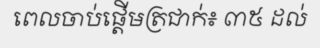
ពេលចាប់ផ្តើមត្រជាក់៖ ៣៥ ដល់